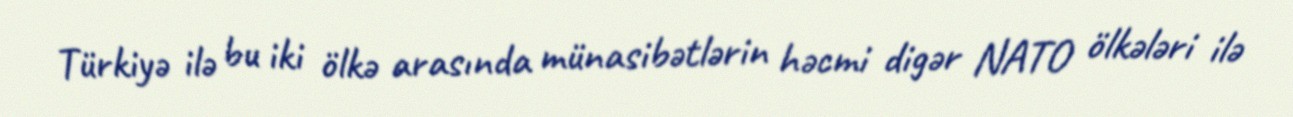
Türkiyə ilə bu iki ölkə arasında münasibətlərin həcmi digər NATO ölkələri ilə